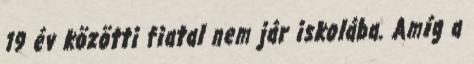
19 év közötti fiatal nem jár iskolába. Amíg a